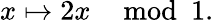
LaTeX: x\mapsto 2x\mod 1.